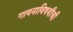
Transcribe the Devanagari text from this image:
गायनाविषयीची